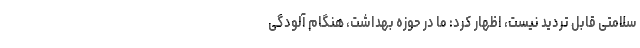
سلامتی قابل تردید نیست، اظهار کرد: ما در حوزه بهداشت، هنگام آلودگی